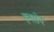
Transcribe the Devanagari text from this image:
हनसेन